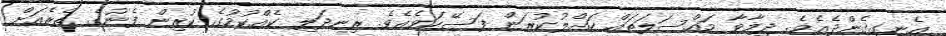
އެނގިގެންދެއެވެ. ދިމާވާ މައްސަލަތައް ހައްލުކުރަން ފަސޭހަވެއެވެ. ރިނދަލި ކެއްކުމުގެ ކުރިން ފެނުގެ ތެރެއަށް